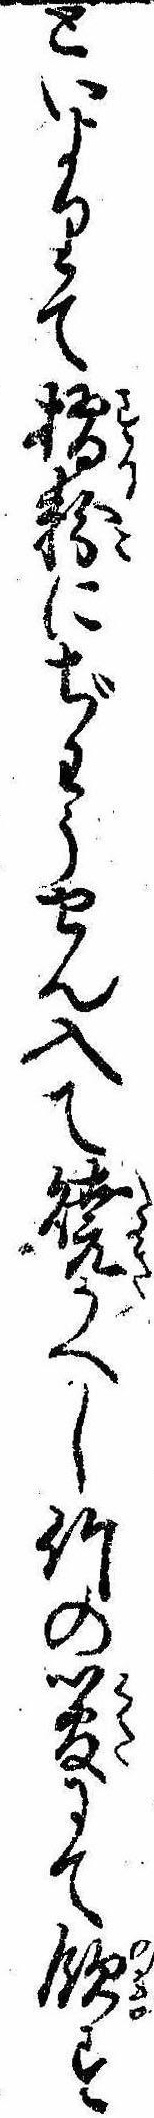
といよりて摺粉にぢわうせん入て焼かへし竹の管にて飲す